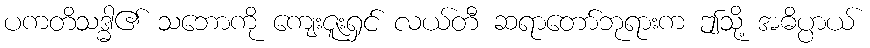
ပကတိသဒ္ဓါ၏ သဘောကို ကျေးဇူးရှင် လယ်တီ ဆရာတော်ဘုရားက ဤသို့ အဓိပ္ပာယ်